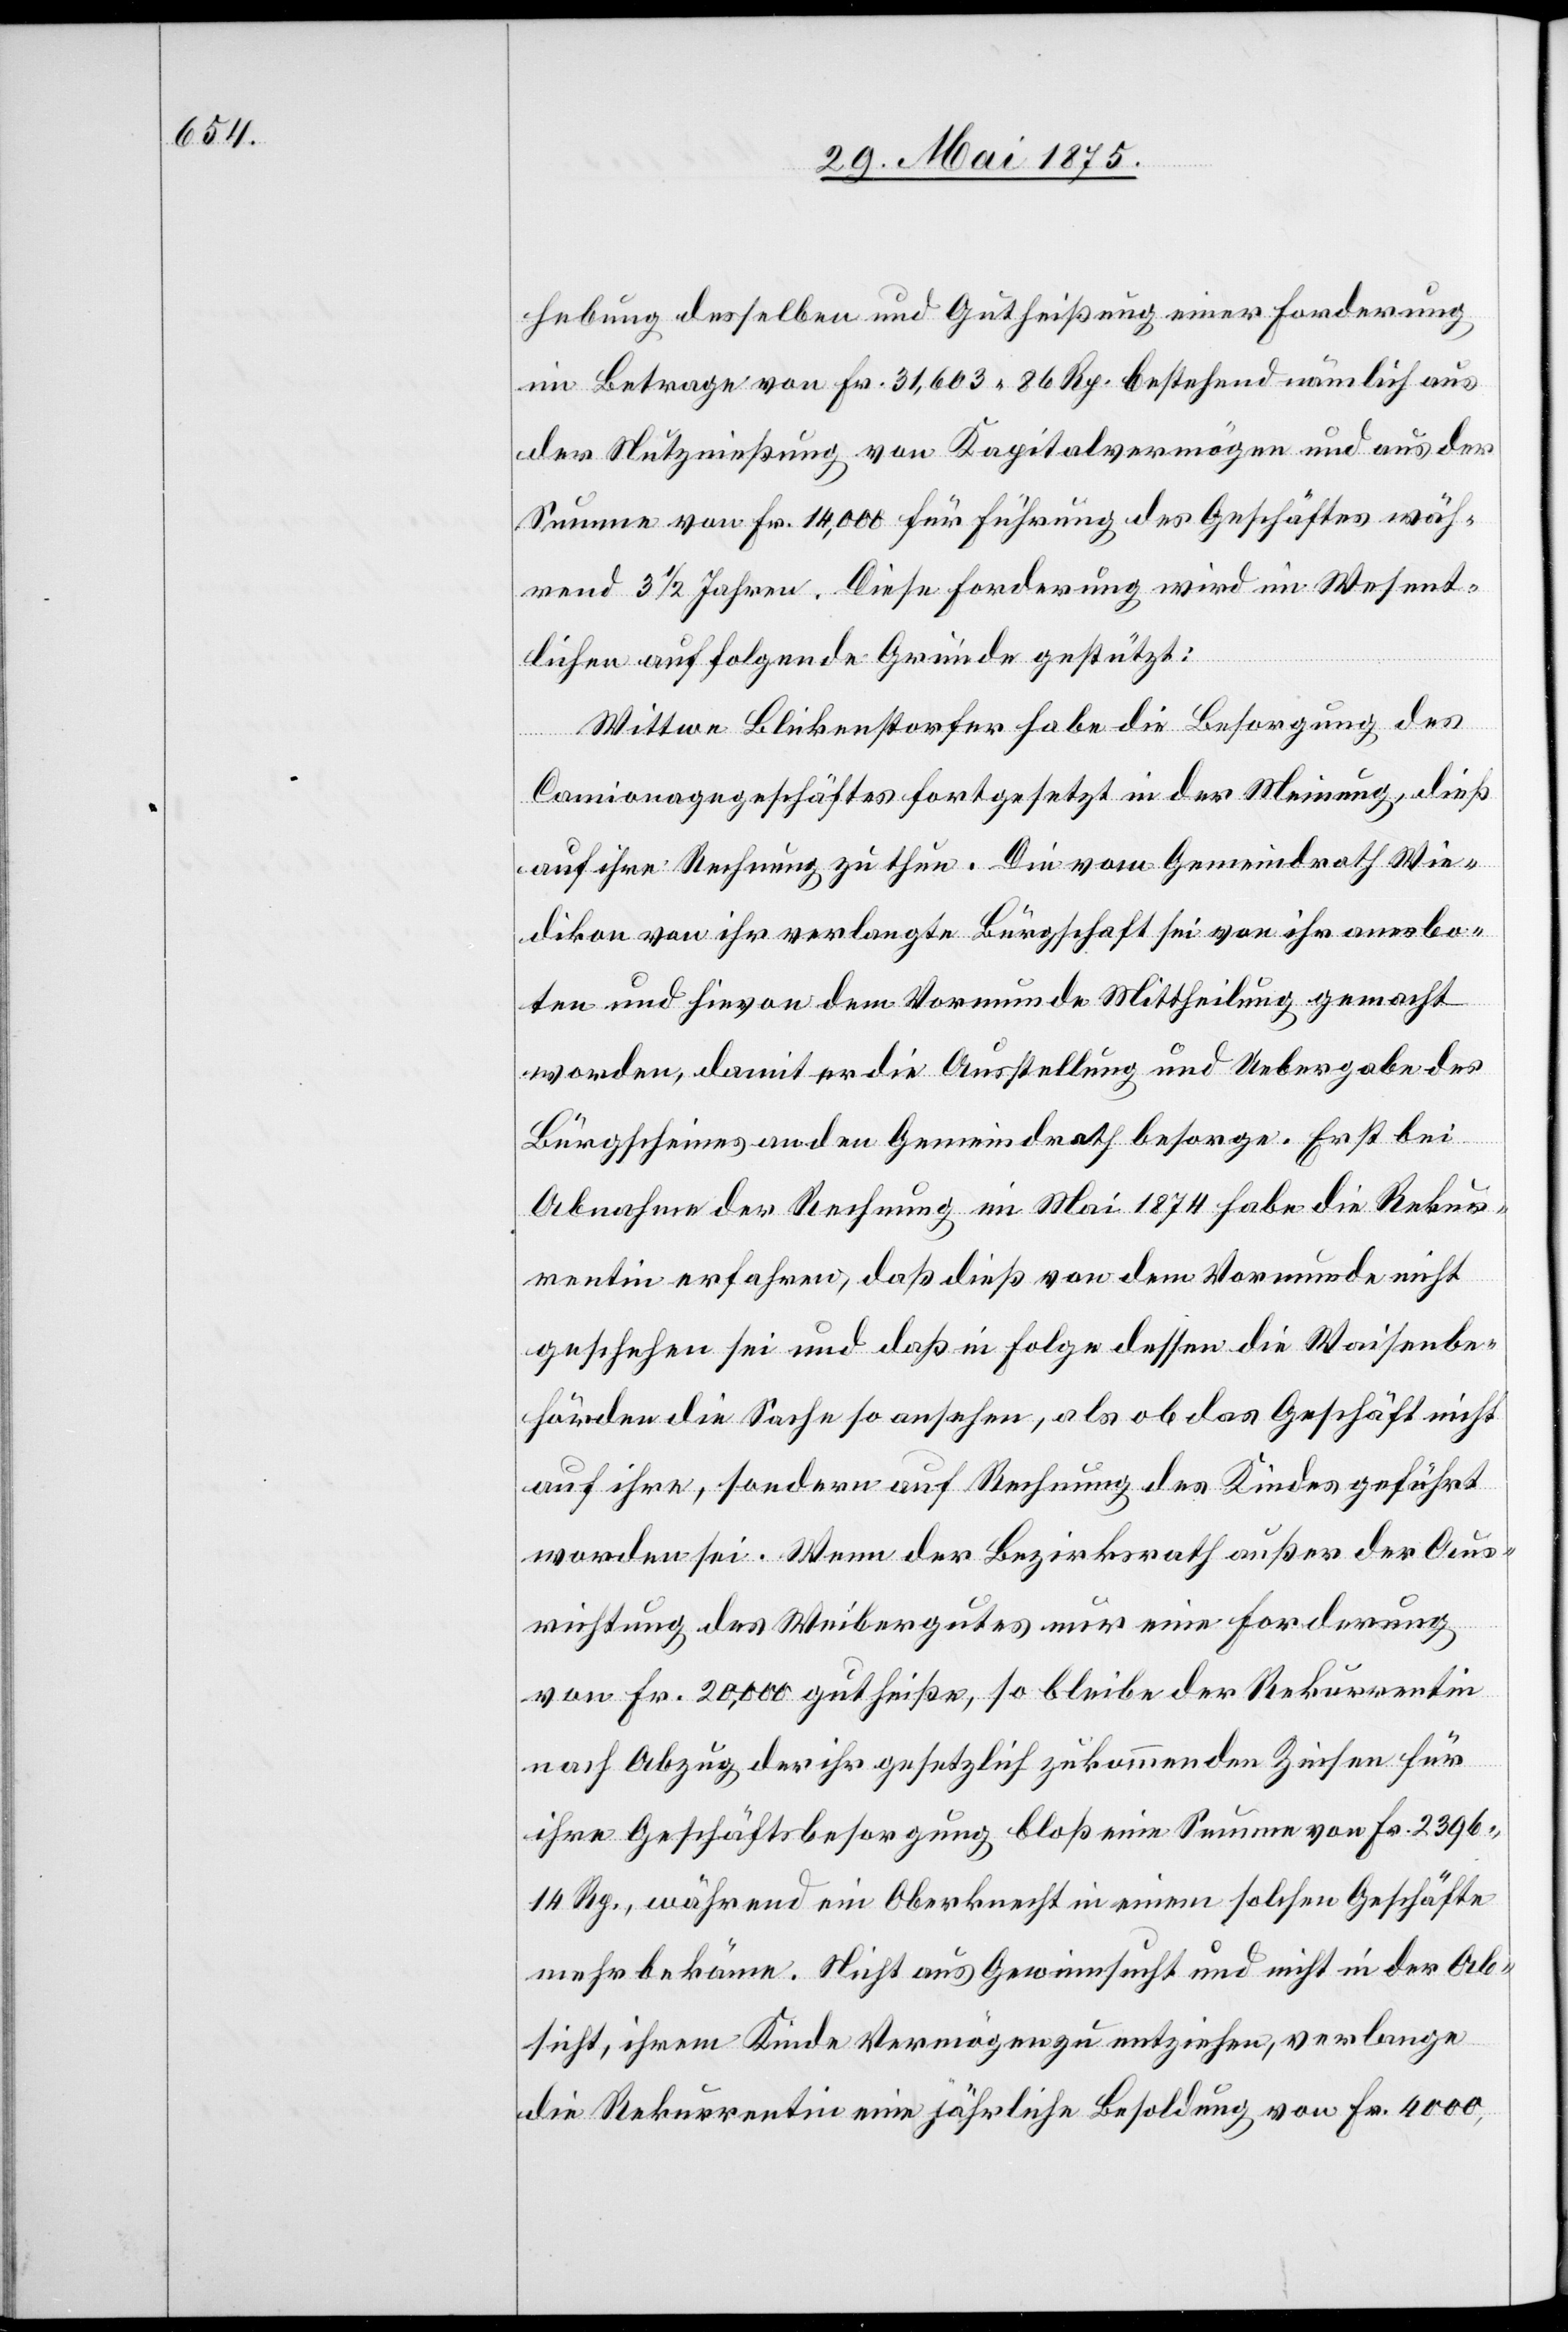
hebung desselben und Gutheißung einer Forderung
im Betrage von Fr. 31,603 86 Rp. bestehend nämlich aus
der Nutznießung von Kapitalvermögen und aus der
Summe von Fr. 14,000 für Führung des Geschäftes wäh¬
rend 3 1/2 Jahren. Diese Forderung wird im Wesent¬
lichen auf folgende Gründe gestützt:
Wittwe Blickenstorfer habe die Besorgung des
Camionagegeschäftes fortgesetzt in der Meinung, dieß
auf ihre Rechnung zu thun. Die vom Gemeindrath Win¬
terthur von ihr verlangte Bürgschaft sei von ihr anerbo¬
ten und hievon dem Vormunde Mittheilung gemacht
worden, damit er die Ausstellung und Uebergabe des
Bürgscheines an den Gemeindrath besorge. Erst bei
Abnahme der Rechnung im Mai 1874 habe die Rekur¬
rentin erfahren, daß dieß von dem Vormunde nicht
geschehen sei und daß in Folge dessen die Waisenbe¬
hörden die Sache so ansehen, als ob das Geschäft nicht
auf ihre, sondern auf Rechnung des Kindes geführt
worden sei. Wenn der Bezirksrath außer der Aus¬
richtung des Weibergutes nur eine Forderung
von Fr. 20,000 gutheiße, so bleibe der Rekurrentin
nach Abzug der ihr gesetzlich zukommenden Zinsen für
ihre Geschäftsbesorgung bloß eine Summe von Fr. 2396
14 Rp., während ein Oberknecht in einem solchen Geschäfte
mehr bekäme. Nicht aus Gewinnsucht und nicht in der Ab¬
sicht, ihrem Kinde Vermögen zu entziehen, verlange
die Rekurrentin eine jährliche Besoldung von Fr. 4000,